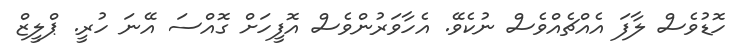
ހޮޑުވެސް ލާފަ އެއްޗެއްވެސް ނުކެވޭ. އެހާވަރުންވެސް އޮފީހަށް ގޮއްސަ އޭނަ ހުރީ. ޕްލީޒް